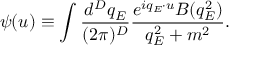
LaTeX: \psi ( u ) \equiv \int \frac { d ^ { D } q _ { E } } { ( 2 \pi ) ^ { D } } \frac { e ^ { i q _ { E } \cdot u } B ( q _ { E } ^ { 2 } ) } { q _ { E } ^ { 2 } + m ^ { 2 } } .